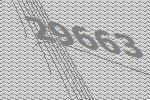
29663